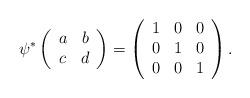
LaTeX: \begin{align*} \psi^*\left(\begin{array}{c c} a & b \\ c & d \end{array}\right) = \left(\begin{array}{c c c} 1 & 0 & 0 \\ 0 & 1& 0 \\ 0 & 0 & 1 \end{array} \right) . \end{align*}